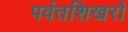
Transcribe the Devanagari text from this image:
पर्वतशिखरों